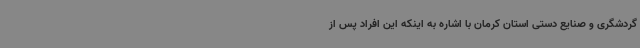
گردشگری و صنایع دستی استان کرمان با اشاره به اینکه این افراد پس از